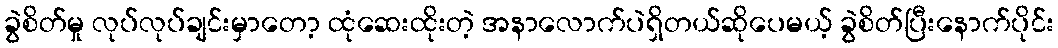
ခွဲစိတ်မှု လုပ်လုပ်ချင်းမှာတော့ ထုံဆေးထိုးတဲ့ အနာလောက်ပဲရှိတယ်ဆိုပေမယ့် ခွဲစိတ်ပြီးနောက်ပိုင်း